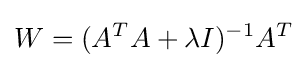
W=(A^{T}A+\lambda I)^{-1}A^{T}